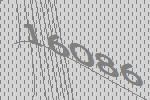
16086